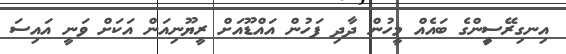
އިނގިރޭސިީންގެ ބައެއް މީހުން ދާދި ފަހުން އައްޑޫއަށް ރީޔޫނިއަން އަކަށް ވަނީ އައިސަ